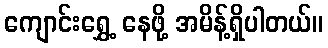
ကျောင်းရွှေ့ နေဖို့ အမိန့်ရှိပါတယ်။